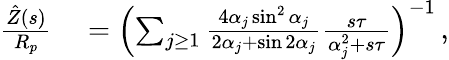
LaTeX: \begin{array}{rl}{\frac{\hat{Z}(s)}{R_{p}}}&{{}=\left(\sum_{j\ge 1}\frac{4\alpha_{j}\sin^{2}\alpha_{j}}{2\alpha_{j}+\sin 2\alpha_{j}}\frac{s\tau}{\alpha_{j}^{2}+s\tau}\right)^{-1}\, ,}\end{array}